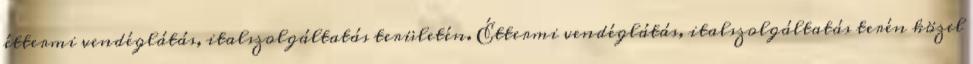
éttermi vendéglátás, italszolgáltatás területén. Éttermi vendéglátás, italszolgáltatás terén közel